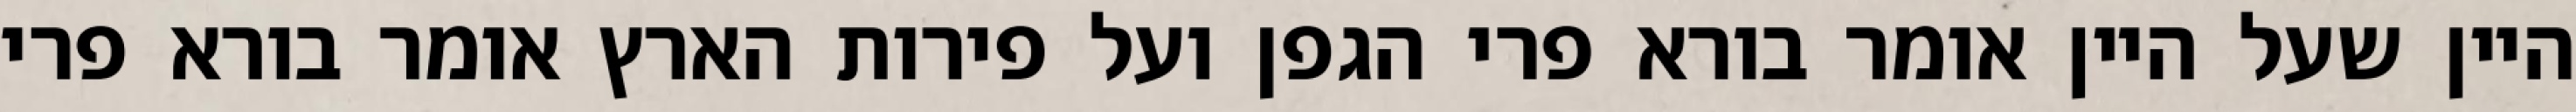
היין שעל היין אומר בורא פרי הגפן ועל פירות הארץ אומר בורא פרי